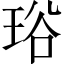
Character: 𤥫